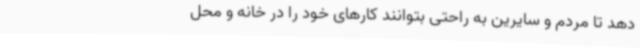
دهد تا مردم و سایرین به راحتی بتوانند کارهای خود را در خانه و محل